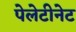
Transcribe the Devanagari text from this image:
पेलेटीनेट